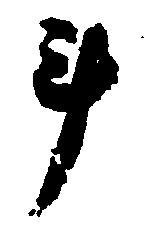
斗